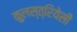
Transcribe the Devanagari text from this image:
कुलस्त्रियेसी